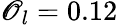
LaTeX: \mathscr{O}_{l}=0.12